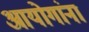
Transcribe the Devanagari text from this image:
आयोगांना